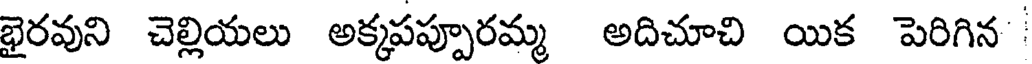
భైరవుని చెల్లియలు అక్కపప్పూరమ్మ అదిచూచి యిక పెరిగిన